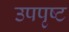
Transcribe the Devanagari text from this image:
उपपृष्ट